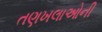
તણખલાઓની